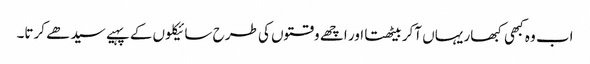
اب وہ کبھی کبھار یہاں آکر بیٹھتا اور اچھے وقتوں کی طرح سائیکلوں کے پہیے سیدھے کرتا۔